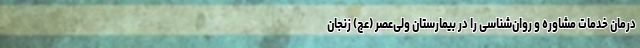
درمان خدمات مشاوره و روان‌شناسی را در بیمارستان‌ ولی‌عصر (عج) زنجان